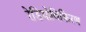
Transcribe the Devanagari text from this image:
रेडियोविकिरण